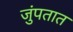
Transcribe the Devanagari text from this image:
जुंपतात